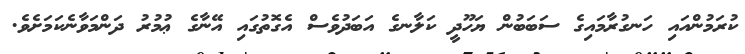
ކުރަމުންއައި ހަނގުރާމައިގެ ސަބަބުން ޔަހޫދީ ކަލާނގެ އަބަދުވެސް އެގޮތުގައި އޭނާގެ ޢުމުރު ދަންމަވާނެކަމަށެވެ.